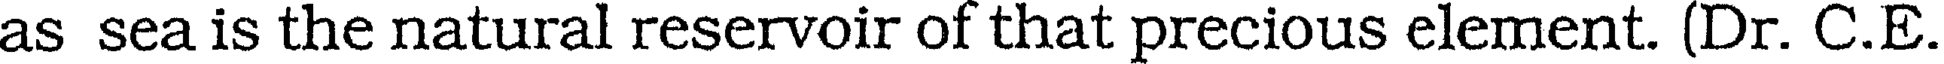
as sea is the natural reservoir of that precious element. (Dr. C.E.